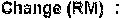
CHANGE(RM) :